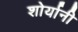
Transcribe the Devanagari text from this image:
शोर्यानी